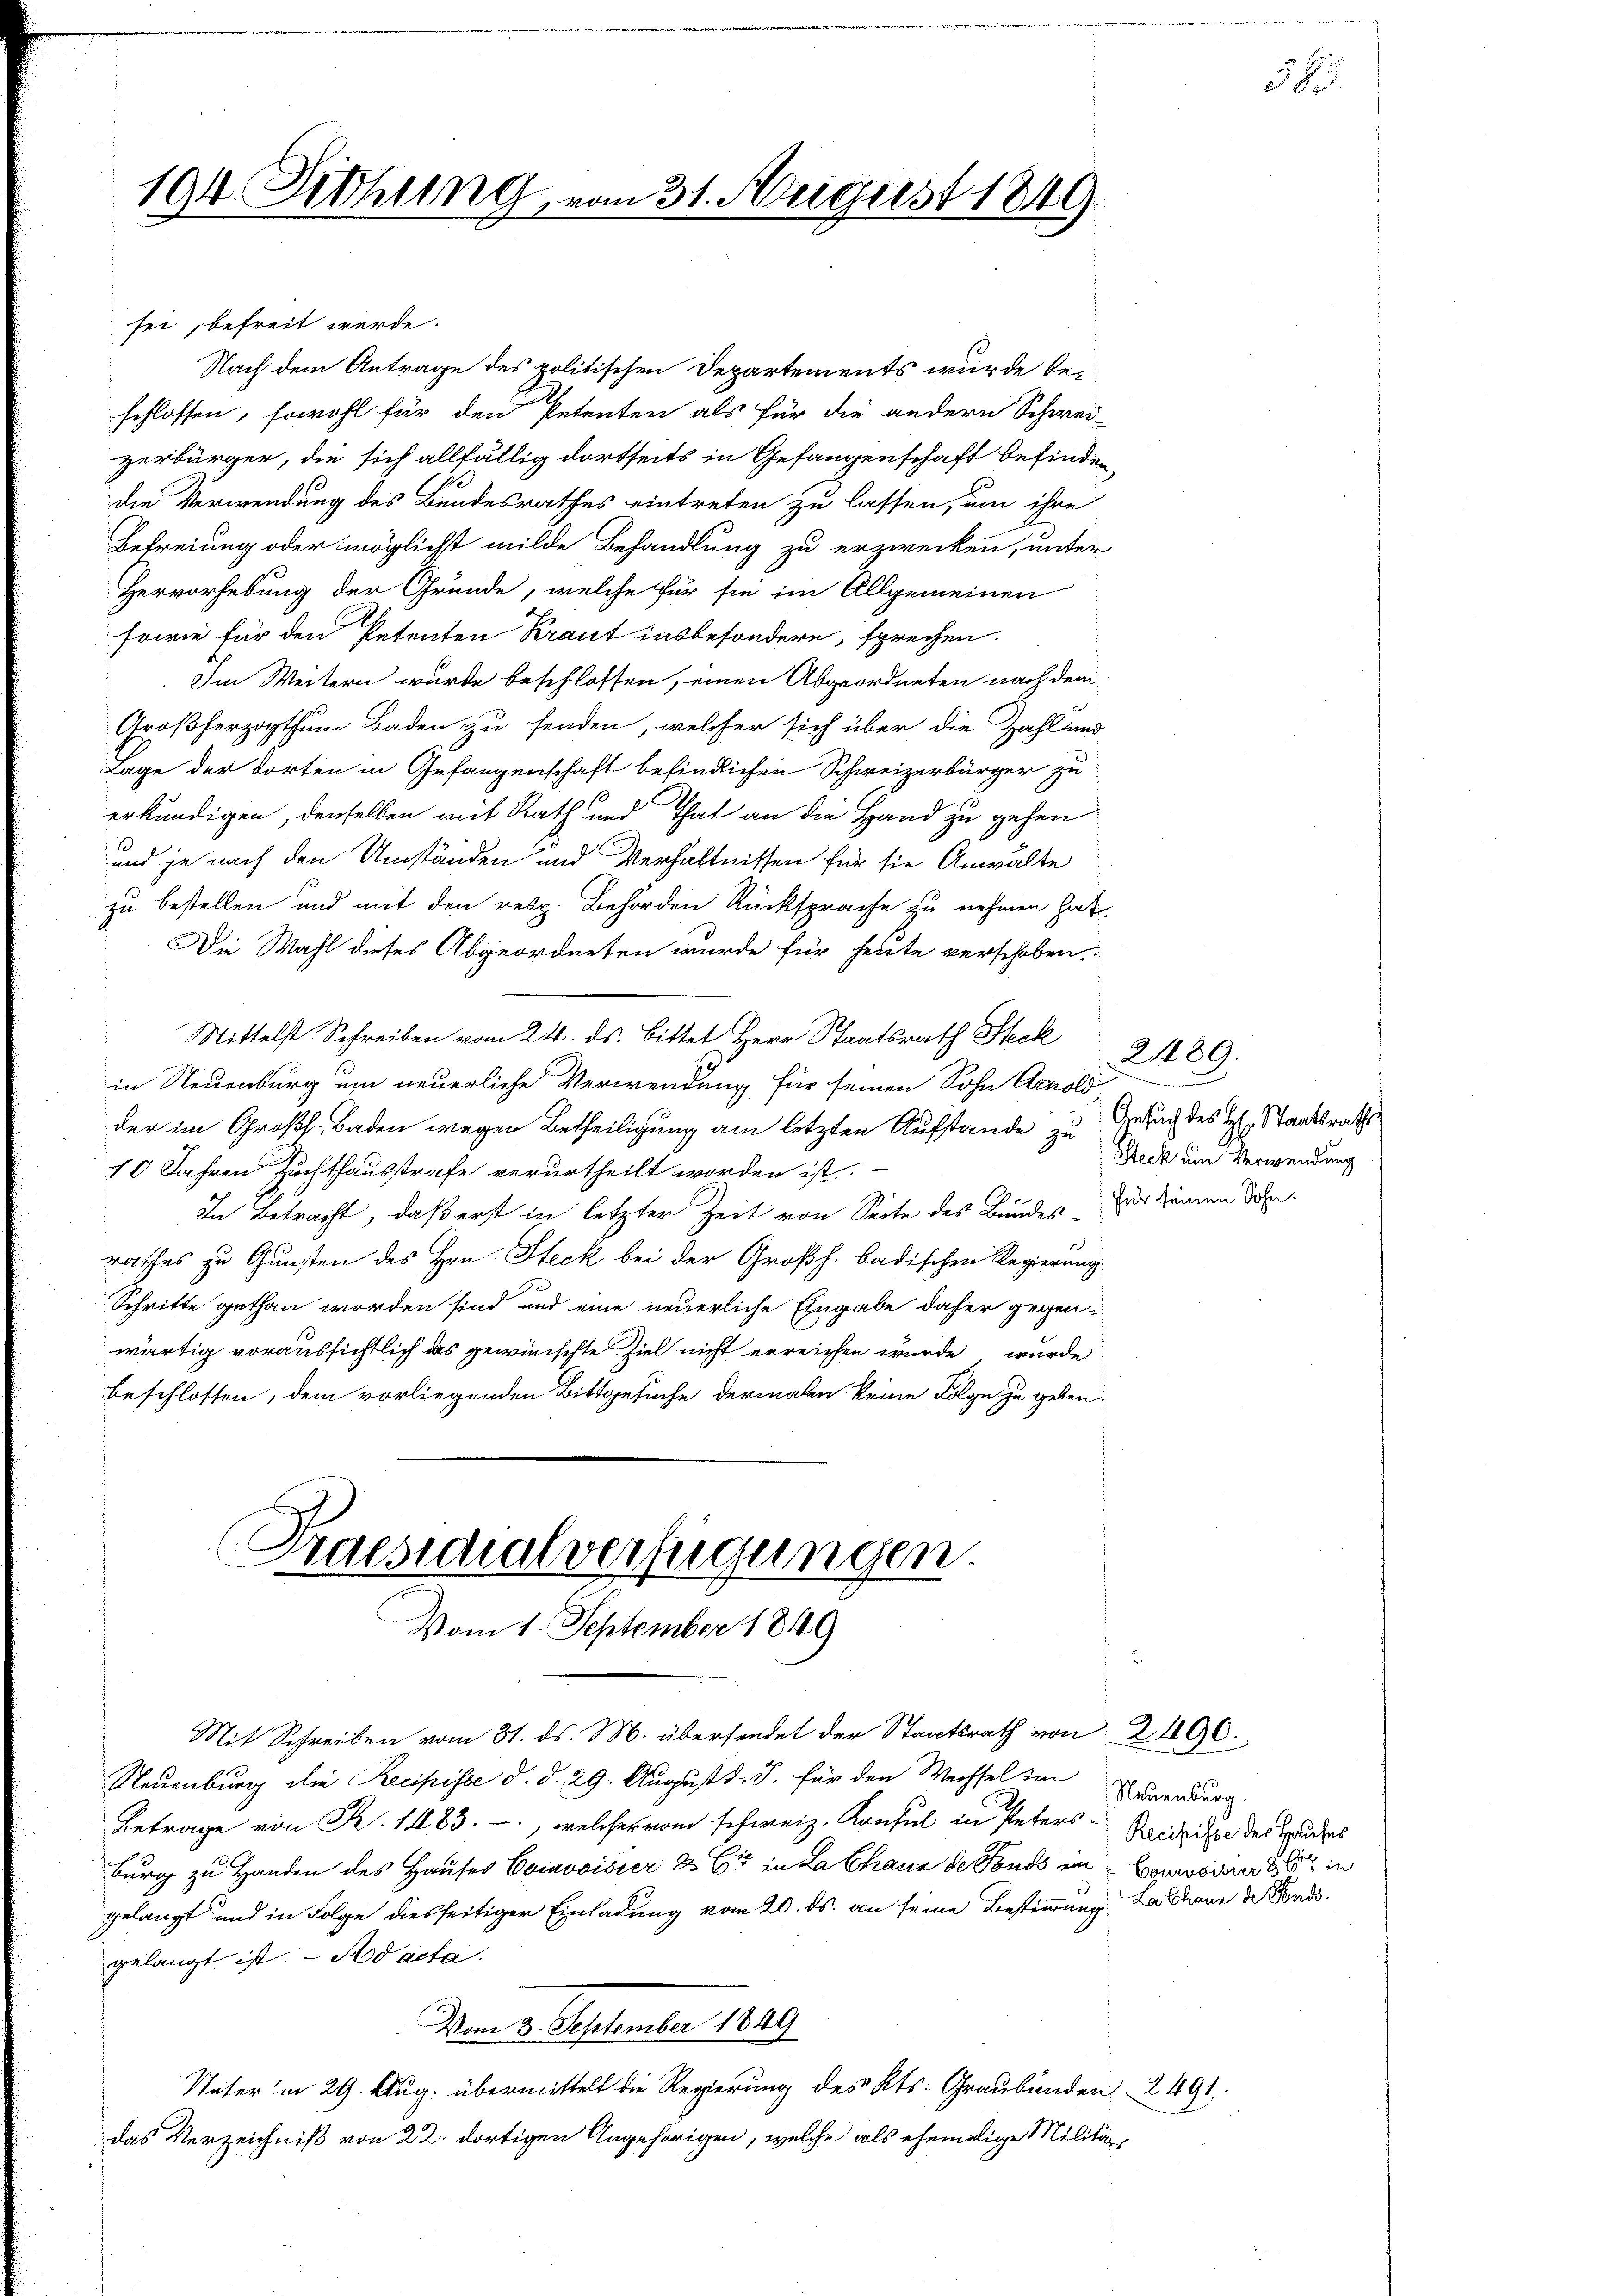
194 Rethung vom 31. August 184

sei, befreit werde.
Nach dem Antrage des politischen Departements wurde beschlossen, sowohl für den Petenten als für die andern Schwei-
verbürger, die sich allfällig dortseits in Gefangenschaft befinden,
die Verwendung des Bundesrathes eintreten zu lassen, um ihre
Befreiung oder möglichst milde Behandlung zu erzwecken, unter
Hervorhebung der Grunde, welche für sie im Allgemeinen
sowie für den Petenten Kraut insbesondere, sprechen.
Im Weitern wurde beschlossen, einen Abgeordneten nach dem
Großherzogthum Baden zu senden, welcher sich über die Zahland
Lage der dorten in Gefangenschaft befindlichen Schweizerbürger zu
erkundigen, denselben mit Rath und That an die Hand zu gehen
und je nach den Umständen und Verhältnissen für sie Anwalte
zu bestellen und mit den resp. Behörden Rücksprache zu nehmen hat.
Die Wahl dieses Abgeordneten wurde für heute verschoben.
Mittelst Schreiben vom 24. ds. Bittet Herr Staatsrath Steck
in Neuenburg um neuerliche Verwendung für seinen Sohn Arnold,
der im Großh. Baden wegen Betheiligung am letzten Aufstande zu Gesuch des H. Staatsraths
10 Jahren Zuchthausstrafe verurtheilt worden ist.
In Betracht, daß erst in letzter Zeit von Seite des Bundes für denen Sohn
rathes zu Gunsten des Hrn. Steck bei der Großh. badischen Regierung
Schritte gethan worden sind und eine neuerliche Eingabe daher gegenwärtig voraussichtlich das gewünschte Ziel nicht erreichen wurde wurde
beschlossen, dem vorliegenden Bittgesuche dermalen keine Folge zu geben.
Praesidialverfügungen.
Vom 1. September 1849
Mit Schreiben vom 31. ds. M. übersendet der Staatsrath von 21006.
Neuenburg die Recipisse d. d. 29. August d. J. für den Wechsel in Neuenburg
Betrage von R. 1483. -, welches vom schweiz. Konsul in Peters-Reidseite der Bundes
burg zu Handen des Hauses Convoisier & Er in La Chaus de Fonds im Cousiner 8 in
gelangt und in Folge diesseitiger Einladung vom 20. ds. an seine Bestimmung daraus de Fondsgelangt ist. - Ad acta.
Vom 3. September 1849
Unter in 29. Aug. übermittelt die Regierung des Kts. Graubünden 2. 491.
das Verzeichniß von 22. dortigen Angehörigen, welche als ehemalige Militär¬

2489.
D
Steck und Verwendung

38